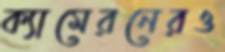
ক্যামেরনেরও